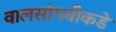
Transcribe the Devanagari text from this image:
वालसांगवीकडे